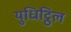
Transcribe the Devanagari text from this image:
युधिट्ठिल